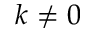
k \neq 0